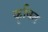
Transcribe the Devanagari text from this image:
कृषित